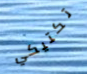
تكتيكي